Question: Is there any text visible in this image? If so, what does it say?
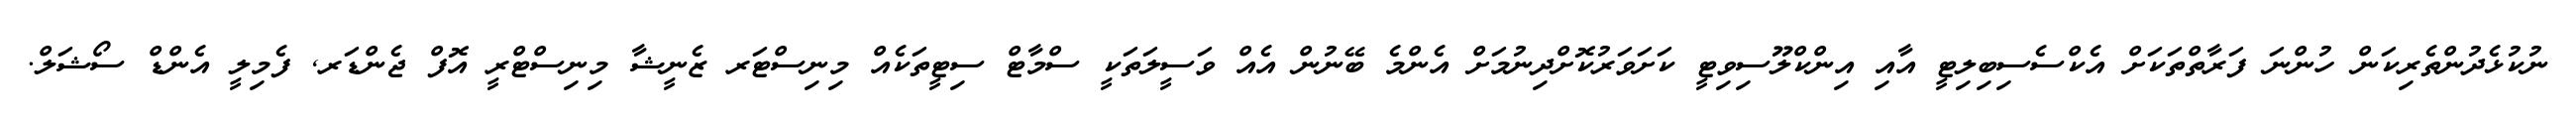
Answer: ނުކުޅެދުންތެރިކަން ހުންނަ ފަރާތްތަކަށް އެކްސެސިބިލިޓީ އާއި އިންކްލޫސިވިޓީ ކަށަވަރުކޮށްދިނުމަށް އެންމެ ބޭނުން އެއް ވަސީލަތަކީ ސްމާޓް ސިޓީތަކެއް މިނިސްޓަރ ޒެނީޝާ މިނިސްޓްރީ އޮފް ޖެންޑަރ, ފެމިލީ އެންޑް ސޯޝަލް.